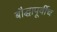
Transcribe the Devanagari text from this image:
बौद्धापूर्वीच